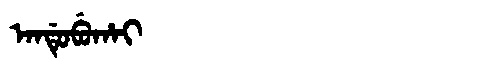
Manchu: ᠠᠨᡩᡠᠪᡠᡥᠠᡳ
Romanization: ANDUBUHAI